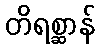
တိရစ္ဆာန်